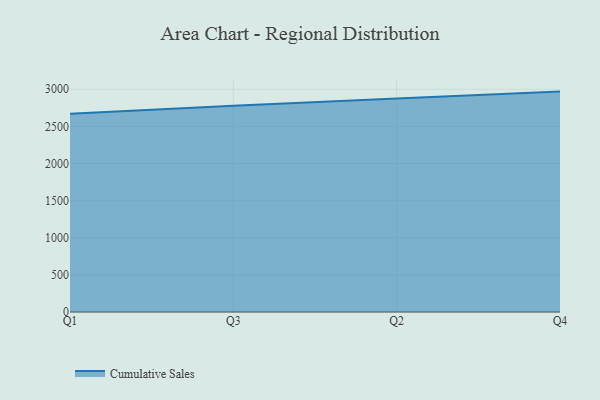
{"axis": {"x": "Quarter", "y": "Conversion Rate (%)"}, "legend": ["Cumulative Sales"], "data": [{"x": "Q1", "y": 2670.7, "type": "Cumulative Sales"}, {"x": "Q3", "y": 2779.1, "type": "Cumulative Sales"}, {"x": "Q2", "y": 2877.4, "type": "Cumulative Sales"}, {"x": "Q4", "y": 2968.8, "type": "Cumulative Sales"}]}